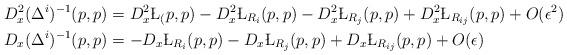
LaTeX: \begin{align*}D_x^2(\Delta^i)^{-1}(p,p) &= D_x^2 \L_(p,p) - D_x^2 \L_{R_i}( p, p) - D_x^2 \L_{R_j}( p,p)+ D_x^2 \L_{R_{ij}}(p,p)+ O(\epsilon^2) \\D_x (\Delta^i)^{-1}(p,p) &= -D_x \L_{R_i}( p, p) - D_x \L_{R_j}( p,p)+ D_x \L_{R_{ij}}(p,p)+ O(\epsilon)\end{align*}